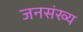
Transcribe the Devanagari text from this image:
जनसंख्य